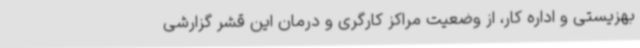
بهزیستی و اداره کار، از وضعیت مراکز کارگری و درمان این قشر گزارشی